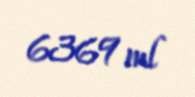
6369 ml